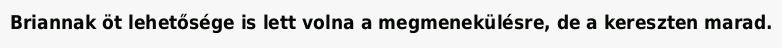
Briannak öt lehetősége is lett volna a megmenekülésre, de a kereszten marad.